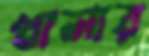
খালার